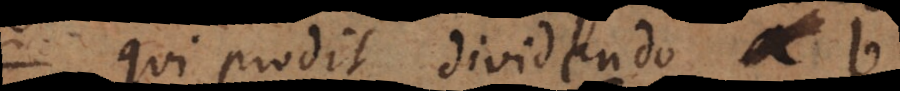
qui prodit dividendo b